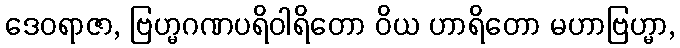
ဒေဝရာဇာ, ဗြဟ္မဂဏပရိဝါရိတော ဝိယ ဟာရိတော မဟာဗြဟ္မာ,